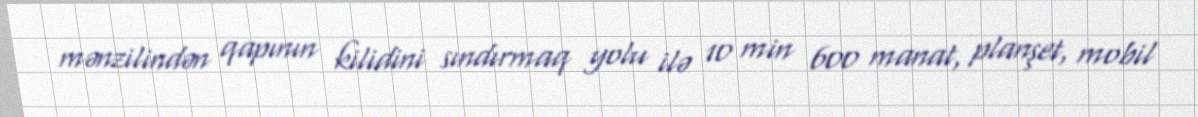
mənzilindən qapının kilidini sındırmaq yolu ilə 10 min 600 manat, planşet, mobil